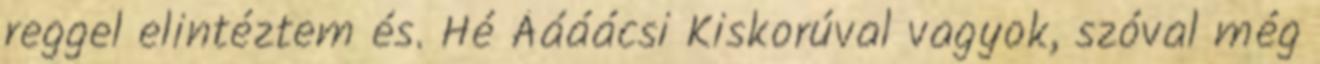
reggel elintéztem és. Hé Áááácsi Kiskorúval vagyok, szóval még